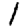
Digit: 1